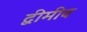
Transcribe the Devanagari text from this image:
द्वीमीव